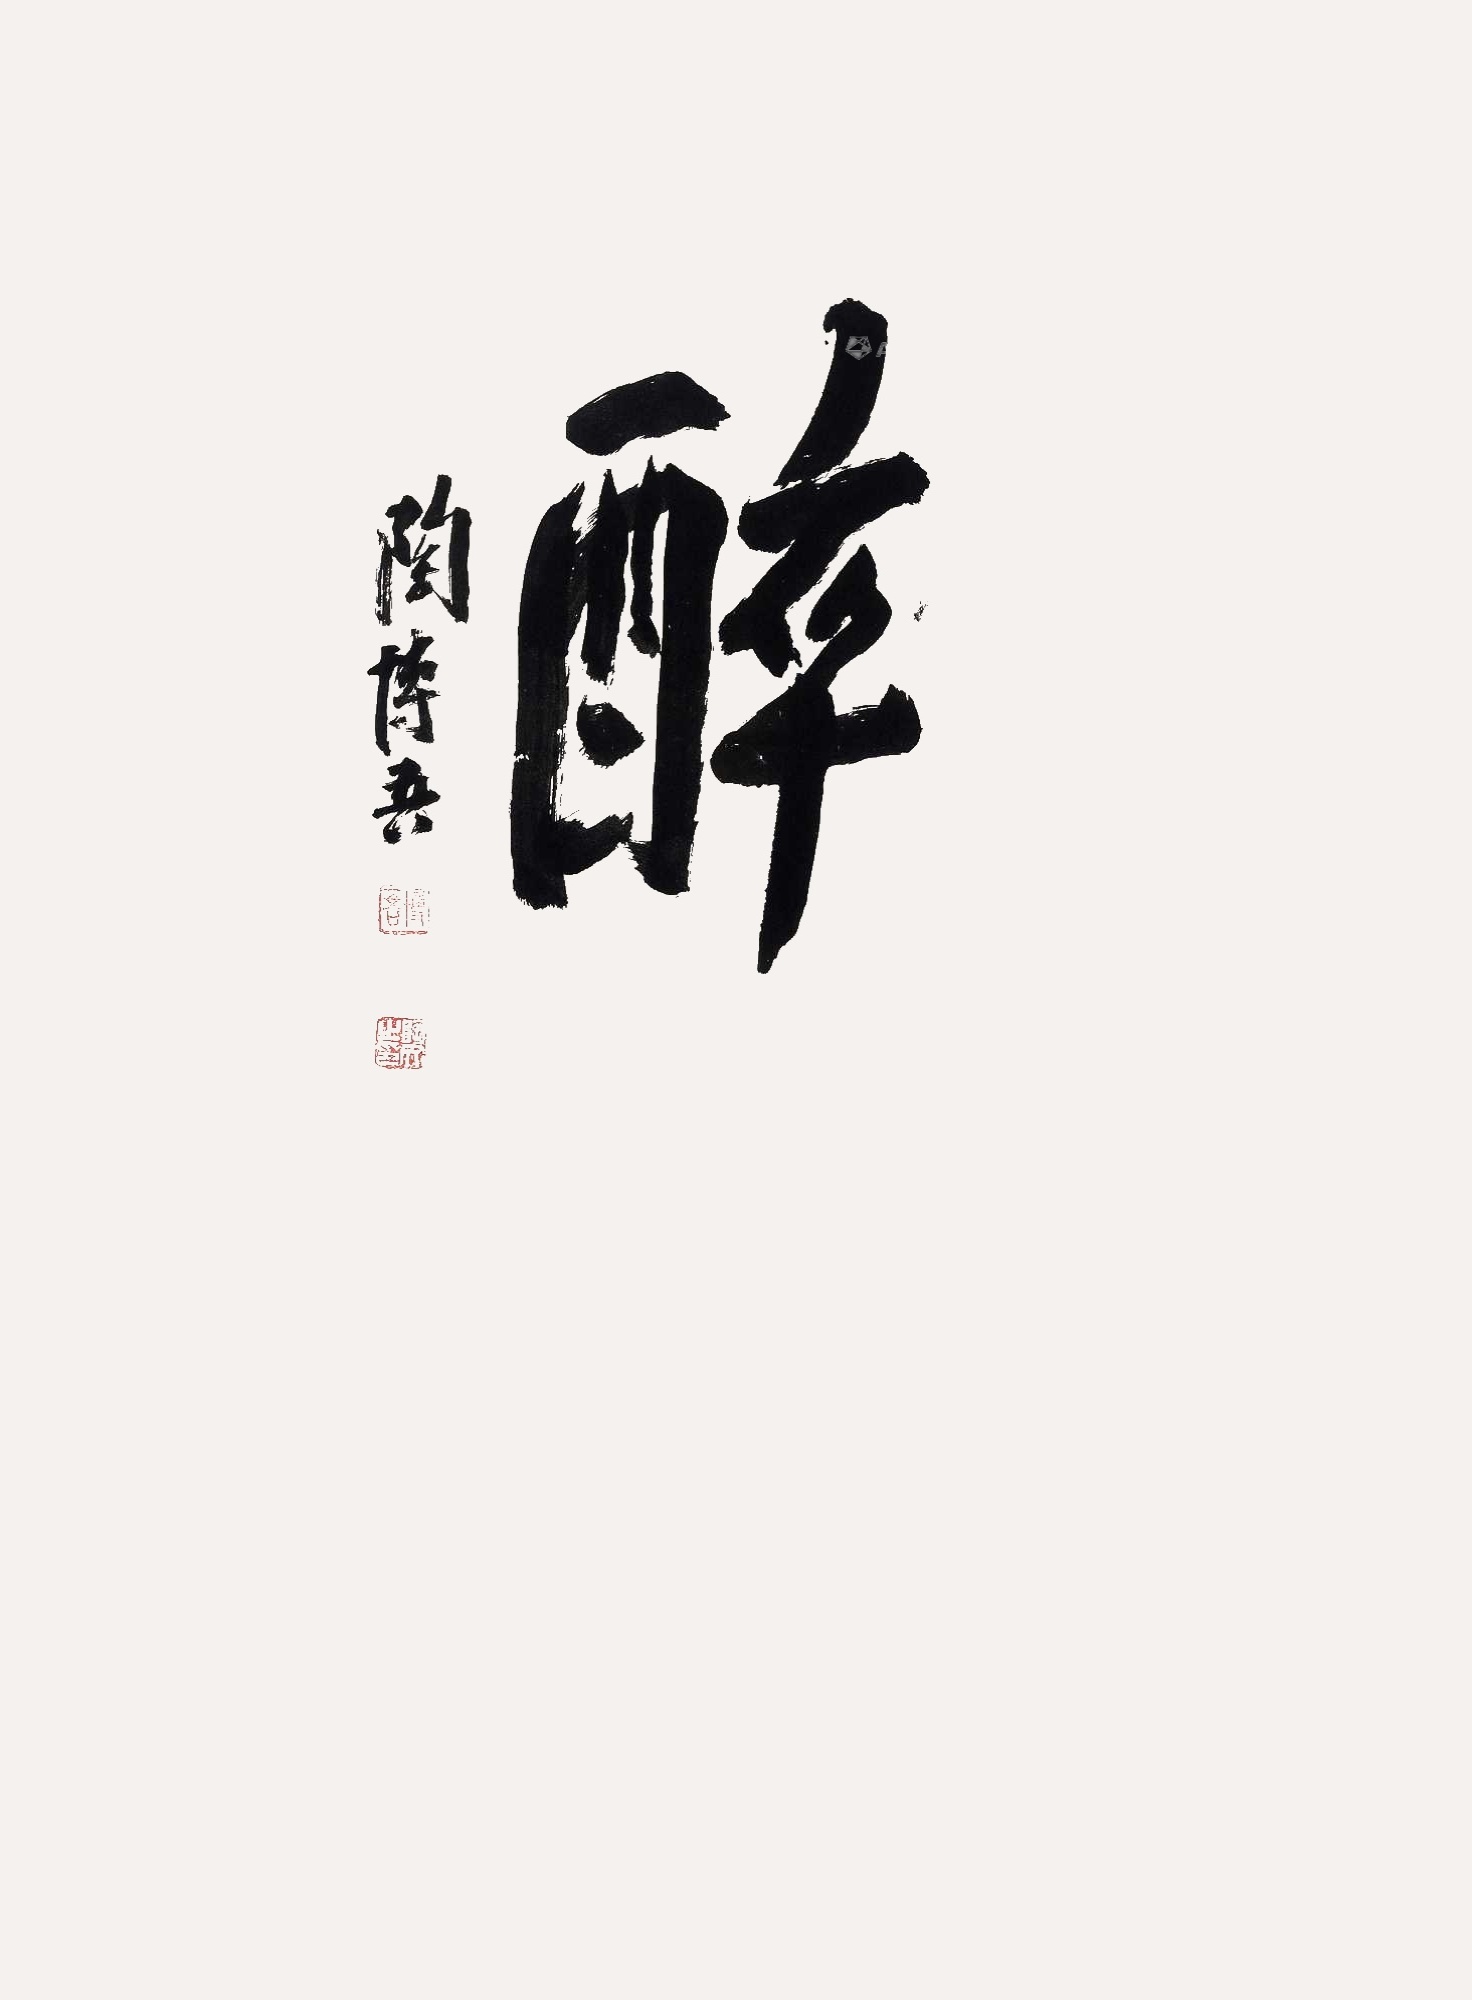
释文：醉。陶博吾。